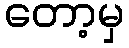
တော့မှ